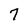
Character: 7